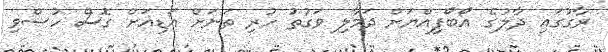
ރާގުގައި ދާލުގެ އޯބޯފިއްޔަށް ދަމާލި ވަގުތު ހުރި ތަނަށް އަޑިއަށް ގޮސް ހުސްވި